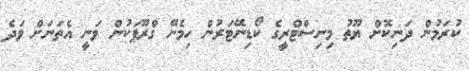
ކުރަމުން ދަނިކޮށް ޔޫތު މިނިސްޓްރީގެ ކޯޑިނޭޓަރުން ހިމެނޭ ގްރޫޕަކުން ވަނީ އެތަނަށް ވަދެ